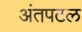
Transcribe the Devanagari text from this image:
अंतपटल